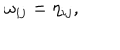
LaTeX: \omega _ { i j } = \eta _ { i j } ,